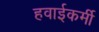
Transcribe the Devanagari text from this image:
हवाईकर्मी